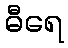
ဓီရေ